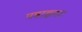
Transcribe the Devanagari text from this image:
पवाइनट